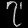
Digit: ၇